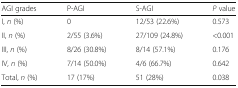
<table><thead><tr><td><b>AGI grades</b></td><td><b>P-AGI</b></td><td><b>S-AGI</b></td><td><b><i>P</i> value</b></td></tr></thead><tbody><tr><td>I, <i>n</i> (%)</td><td>0</td><td>12/53 (22.6%)</td><td>0.573</td></tr><tr><td>II, <i>n</i> (%)</td><td>2/55 (3.6%)</td><td>27/109 (24.8%)</td><td>&lt;0.001</td></tr><tr><td>III, <i>n</i> (%)</td><td>8/26 (30.8%)</td><td>8/14 (57.1%)</td><td>0.176</td></tr><tr><td>IV, <i>n</i> (%)</td><td>7/14 (50.0%)</td><td>4/6 (66.7%)</td><td>0.642</td></tr><tr><td>Total, <i>n</i> (%)</td><td>17 (17%)</td><td>51 (28%)</td><td>0.038</td></tr></tbody></table>